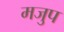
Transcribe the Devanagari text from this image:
मजुप